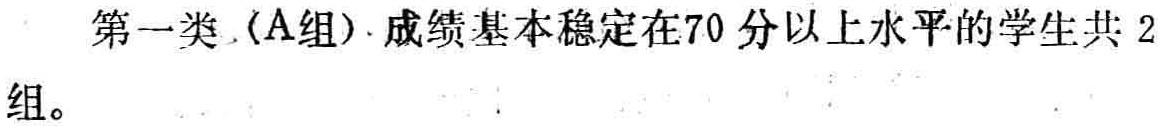
第一类（A组）.成绩基本稳定在70分以上水平的学生共2组。